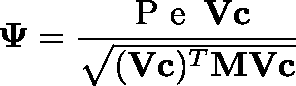
\mathbf { \Psi } = \frac { \mathrm { ~ P ~ e ~ } \, \mathbf { V } \mathbf { c } } { \sqrt { ( \mathbf { V } \mathbf { c } ) ^ { T } \mathbf { M } \mathbf { V } \mathbf { c } } }